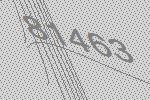
81463